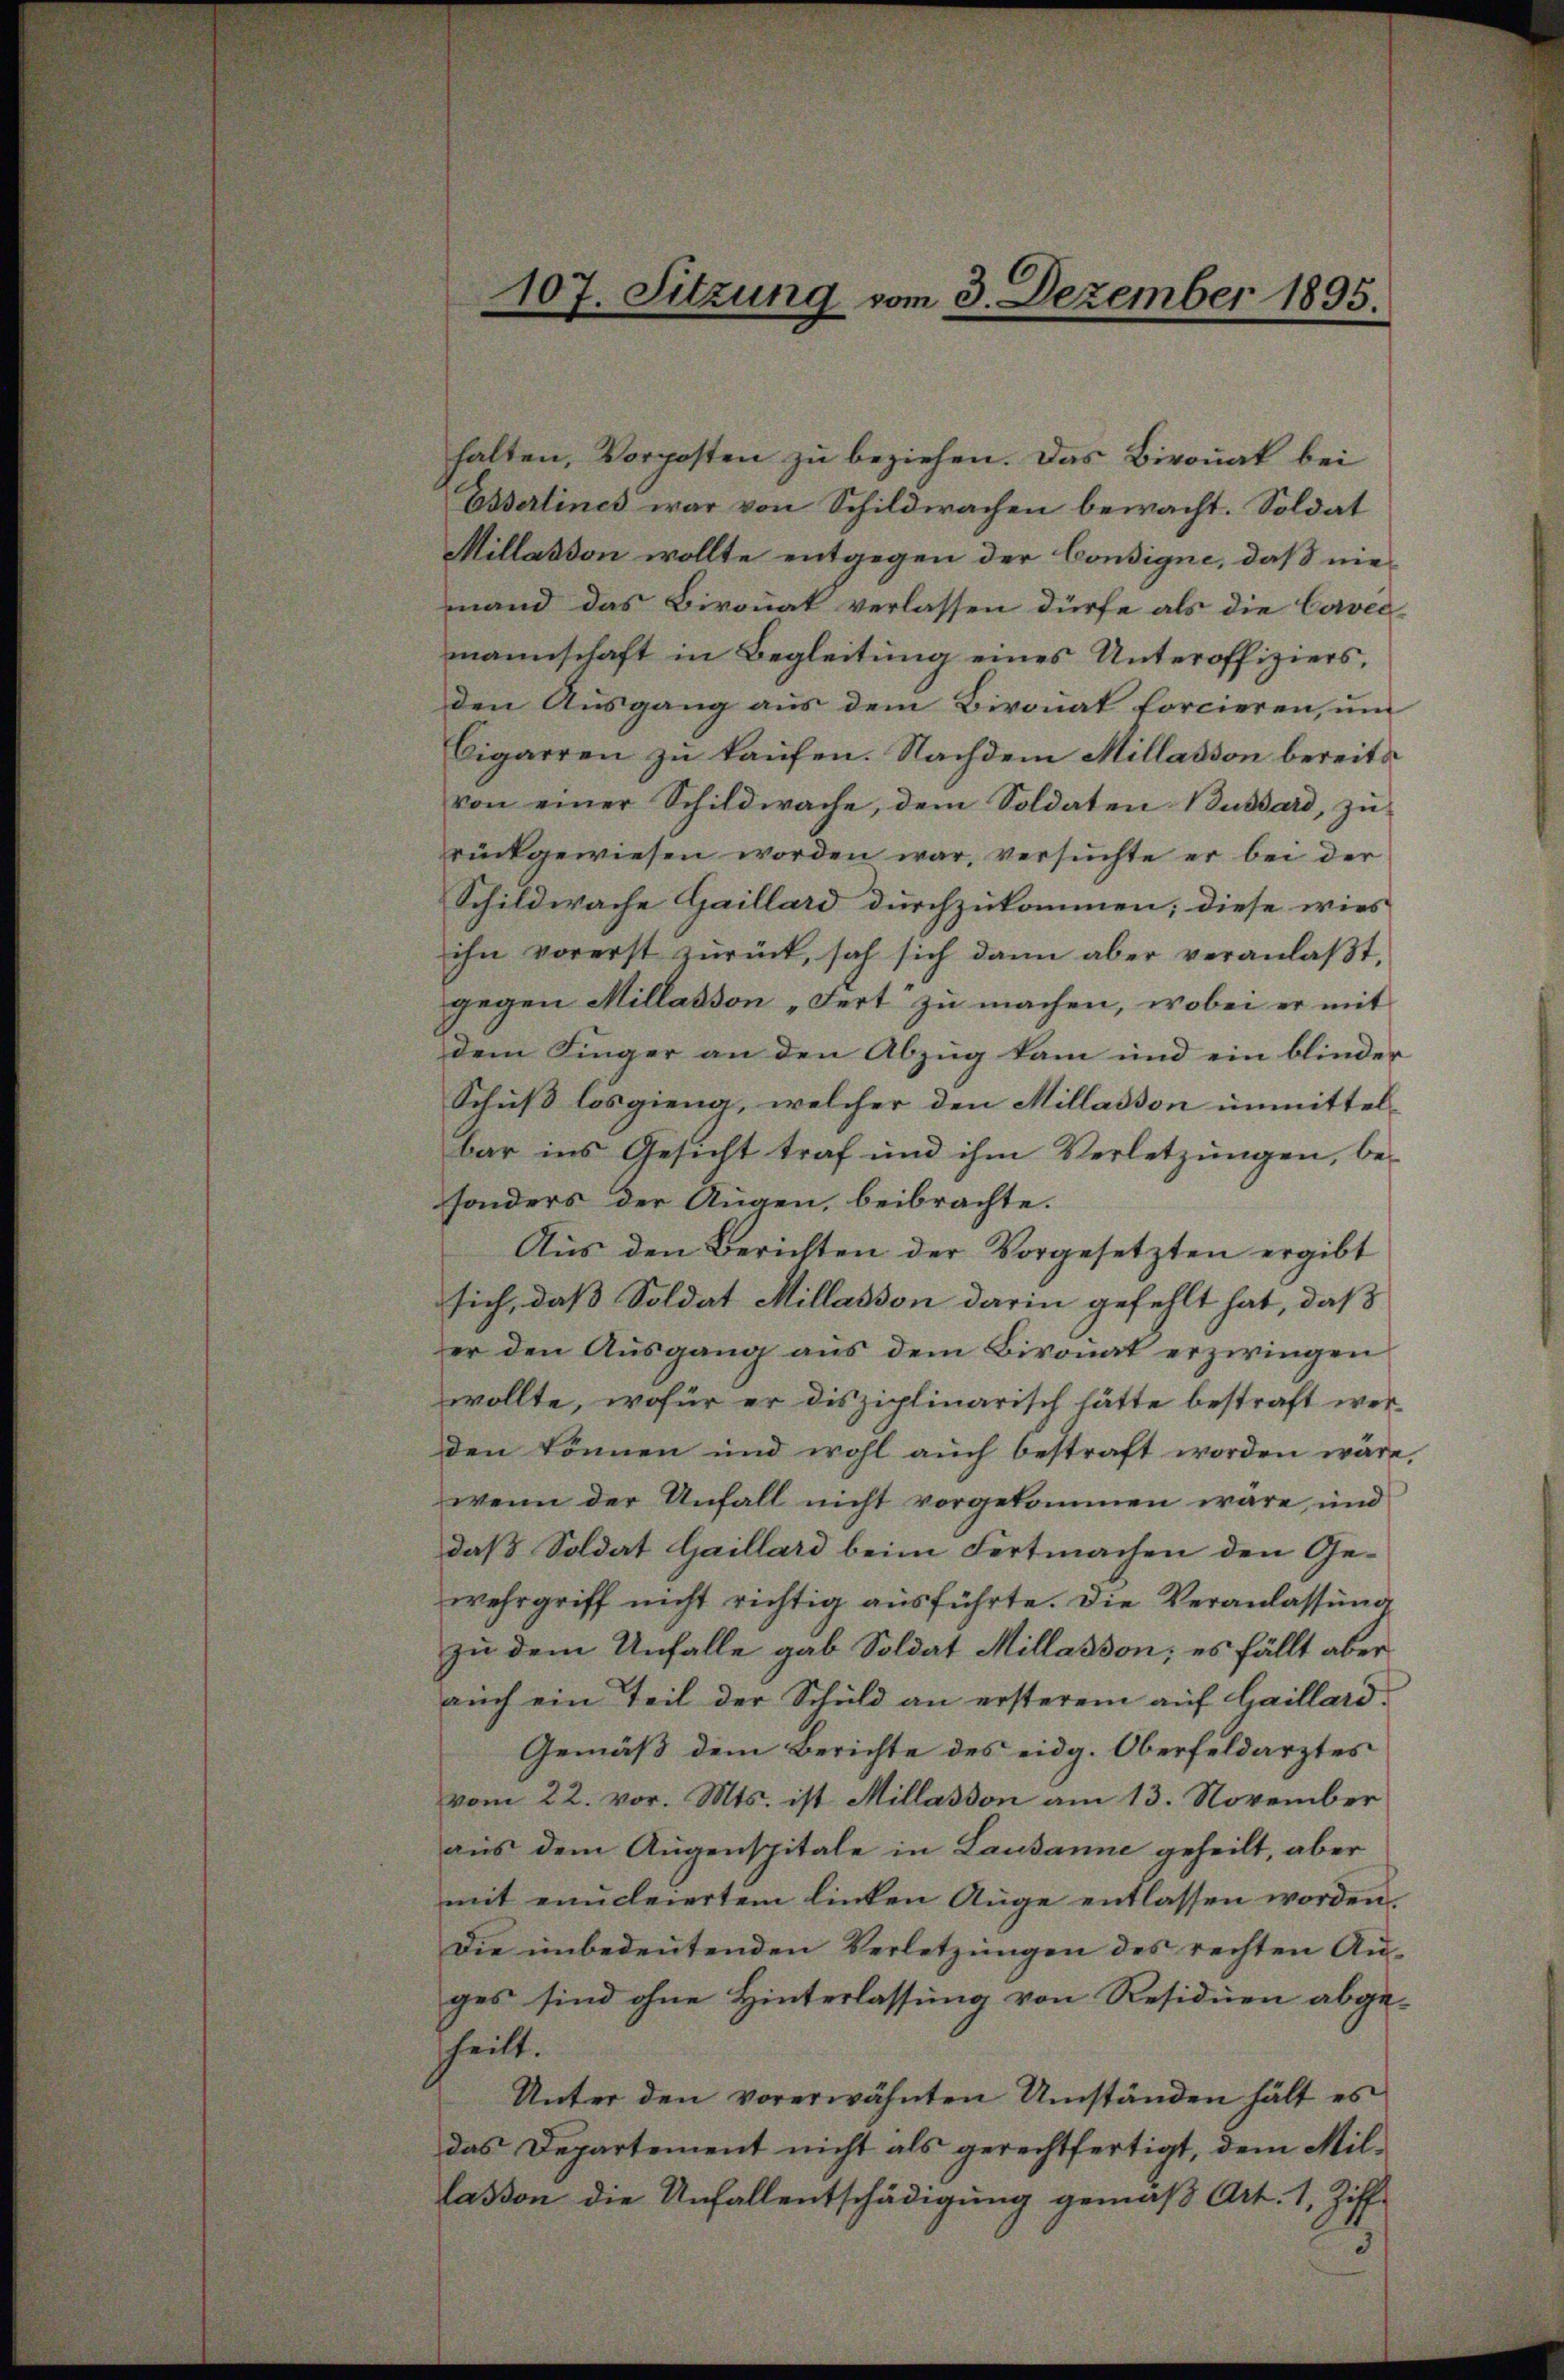
107. Sitzung vom 3. Dezember 1895.

halten, Vorposten zu beziehen. Das Bironat bei
Eiserlines war von Schildwachen bewacht. Soldat
Millasson wollte entgegen der Consigne, daß niemand das Bironat verlassen dürfe als die Cavec
mannschaft in Begleitung eines Unteroffiziers,
den Ausgang aus dem Bironat forcieren, um
Cigarren zu kaufen. Nachdem Millasson bereits
von einer Schildwache, dem Soldaten-Büssard, zŭ
rückgewiesen worden war, versuchte er bei der
Schildwache Gaillard durchzukommen; diese wies
ihn vorerst zŭrück, sah sich dann aber veranlaβt,
gegen Millasson „Fert“ zu machen, wobei er mit
dem Finger an den Abzug kam und ein blinder
Schuß losgieng, welcher den Millasson unmittel-
bar ins Gesicht traf und ihm Verletzungen, be-
sonders der Augen, beibrachte.
Aŭs den Berichten der Vorgesetzten ergibt
sich, daß Soldat Millasson darin gefehlt hat, daß
er den Ausgang aus dem Bisonat erziringen
wollte, wofür er disziplinarisch hätte bestraft werden können und wohl auch bestraft worden wäre,
wenn der Unfall nicht vorgekommen wäre, und
daß Soldat Gaillard beim Fertmachen den Gewehrgriff nicht richtig ausführte. Die Veranlassung
zu dem Unfalle gab Soldat Millasson; es fällt aber
auch ein Teil der Schuld an ersterem auf Gaillard¬
Gemäß dem Berichte des eidg. Oberfeldarztes
vom 22. vor. Mts. ist Millasion am 13. November
aus dem Augenspitale in Lausanne geheilt, aber
mit enceiertem linken Auge entlassen worden,
Die unbedeutenden Verletzungen des rechten Au-
ges sind ohne Hinterlassung von Residien abge-
theilt.
Unter den vorerwähnten Umständen hält es
das Departement nicht als gerechtfertigt, dem Millassen die Unfallentschädigung gemäß Art. 1, Ziff-